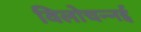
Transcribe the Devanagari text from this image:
विलोचन्नई